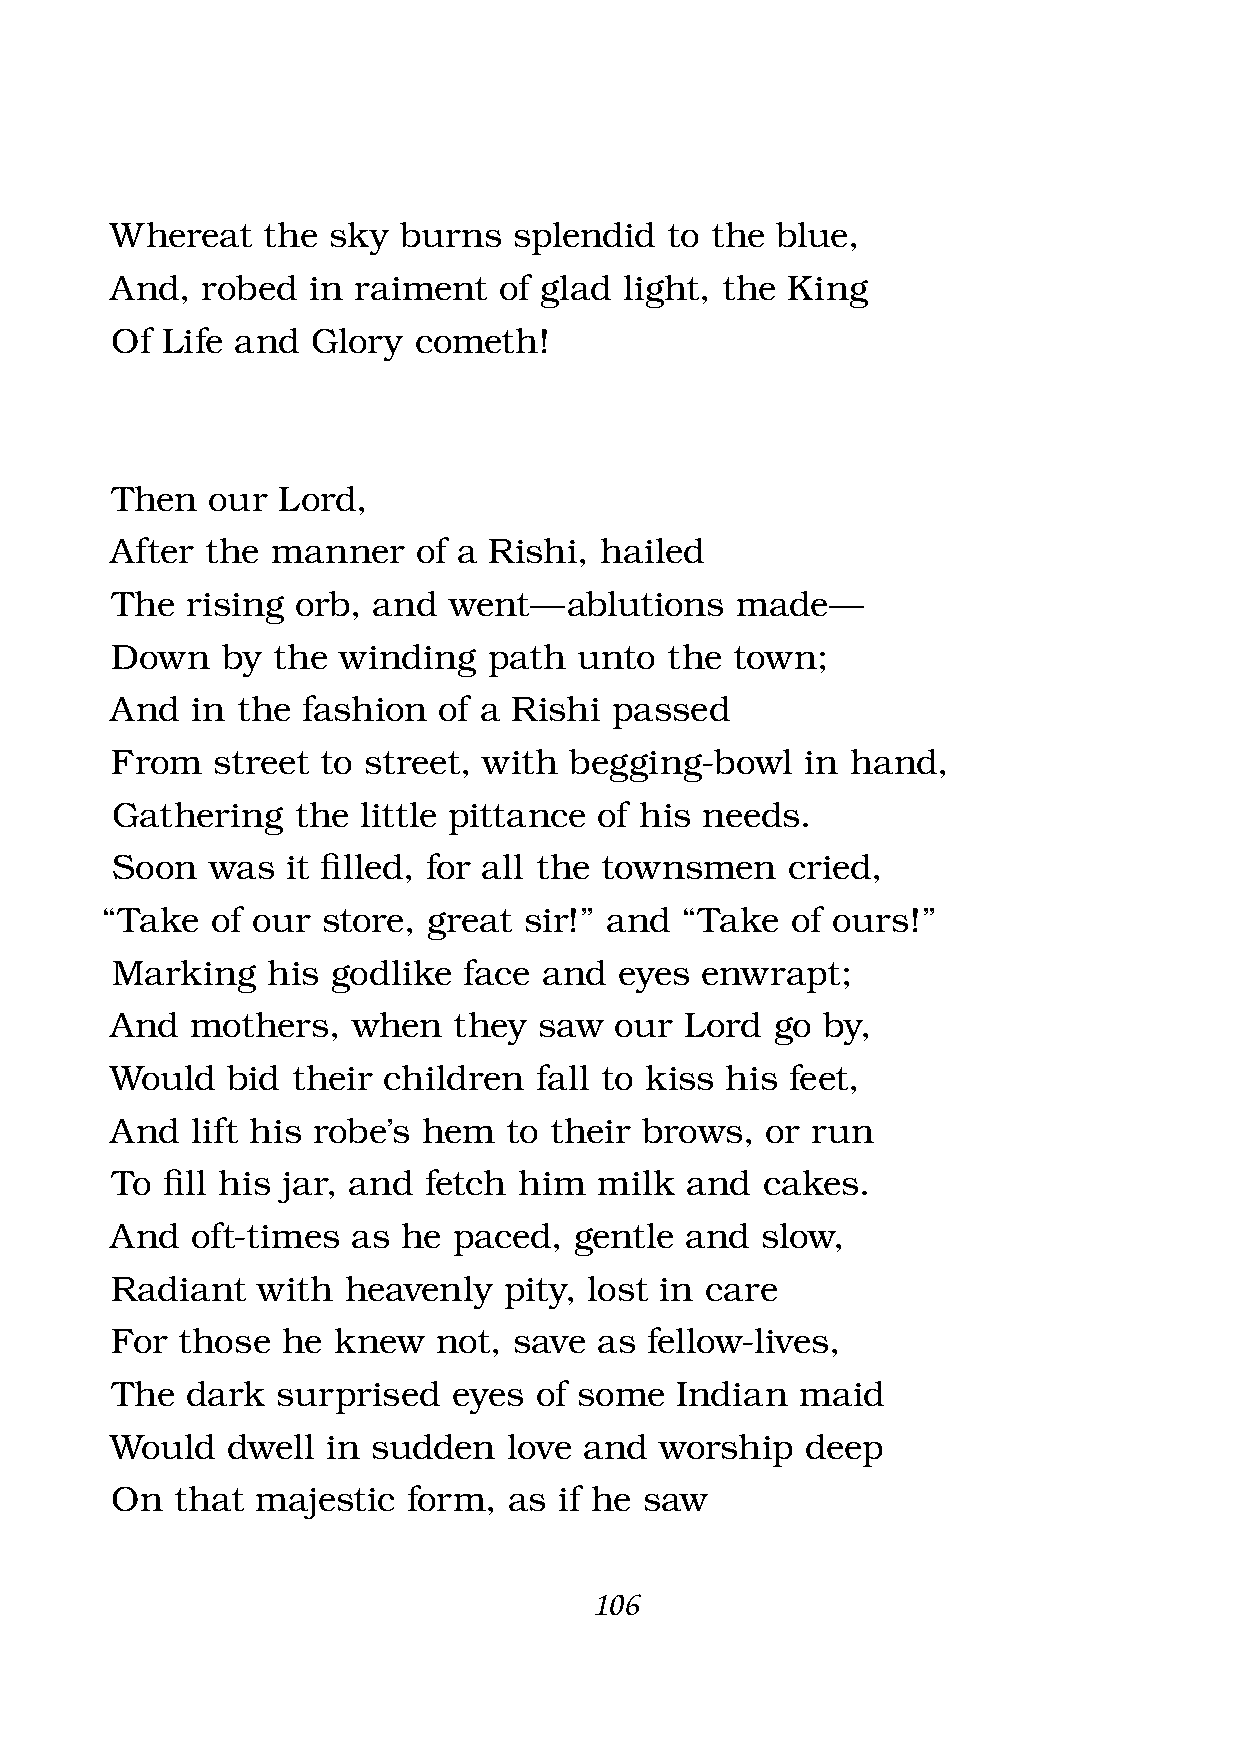
Whereat   the  sky burns   splendid  to the blue,
 And,  robed  in raiment   of glad light, the King
 Of  Life and  Glory cometh!
 Then   our Lord,
 After  the manner    of a Rishi, hailed
 The  rising  orb, and  went —  ablutions  made  —
 Down    by the winding   path  unto  the  town;
 And   in the fashion  of a Rishi  passed
 From   street to street, with  begging-bowl   in hand,
 Gathering   the  little pittance of his needs.
 Soon   was  it fi lled, for all the townsmen cried,
 “Take  of our store, great  sir!” and “Take  of ours!”
 Marking    his godlike  face and  eyes enwrapt;
 And   mothers,  when   they  saw  our Lord  go by,
 Would   bid their children  fall to kiss his feet,
 And   lift his robe’s hem to their brows,   or run
 To  fi ll his jar, and fetch him milk and  cakes.
 And   oft-times as  he paced,  gentle and  slow,
 Radiant   with  heavenly  pity, lost in care
 For  those  he knew   not, save  as fellow-lives,
 The  dark  surprised   eyes of some   Indian  maid
 Would   dwell  in sudden   love and  worship  deep
 On   that majestic  form,  as if he saw
 106